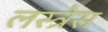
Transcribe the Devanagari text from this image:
लस्त्रेस